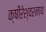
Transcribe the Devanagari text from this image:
क्षीरेश्वरनाथ